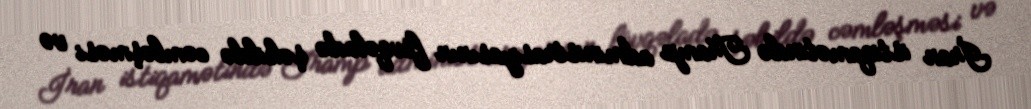
İran istiqamətində Tramp administrasiyasının fövqəladə şəkildə cəmləşməsi və